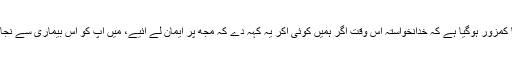
موجودہ حالات میں مسلمانوں کا ایمان اتنا کمزور ہوگیا ہے کہ خدانخواستہ اس وقت اگر ہمیں کوئی آکر یہ کہہ دے کہ مجھ پر ایمان لے آئیے، میں آپ کو اس بیماری سے نجات دلادوں گا تو شاہد لوگ یہ بھی کر لیں۔